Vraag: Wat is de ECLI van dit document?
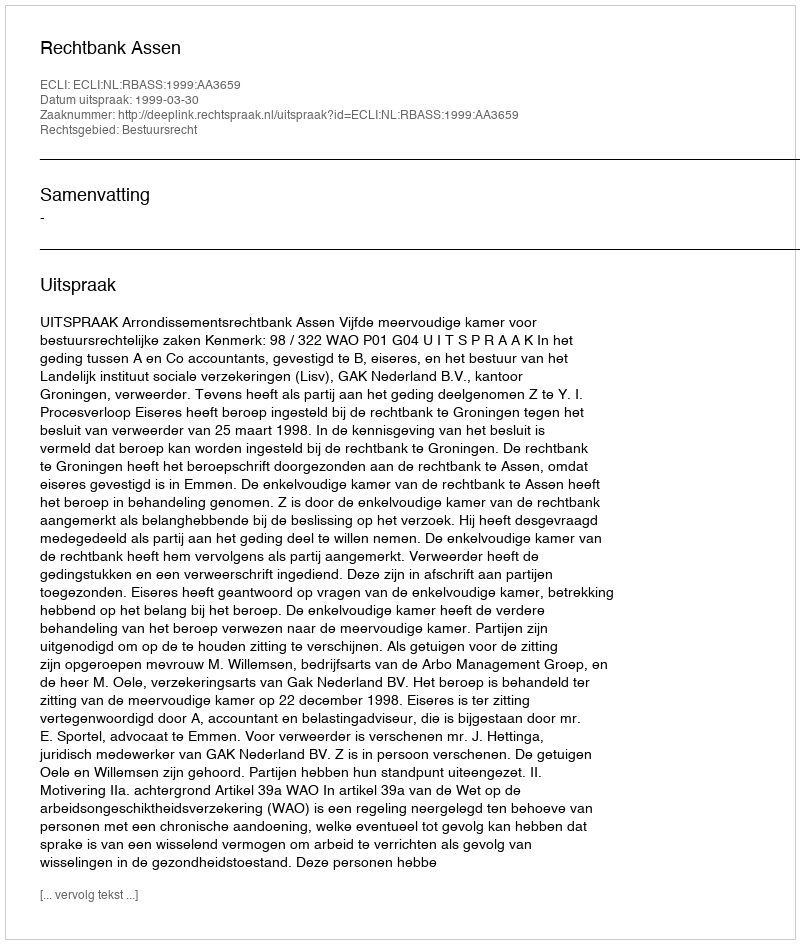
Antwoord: ECLI:NL:RBASS:1999:AA3659